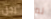
رجل لم